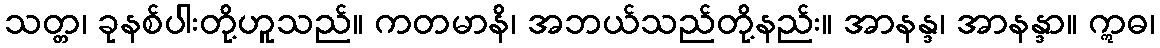
သတ္တ၊ ခုနစ်ပါးတို့ဟူသည်။ ကတမာနိ၊ အဘယ်သည်တို့နည်း။ အာနန္ဒ၊ အာနန္ဒာ။ ဣဓ၊